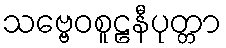
သဗ္ဗေဝစူဠနီပုတ္တာ